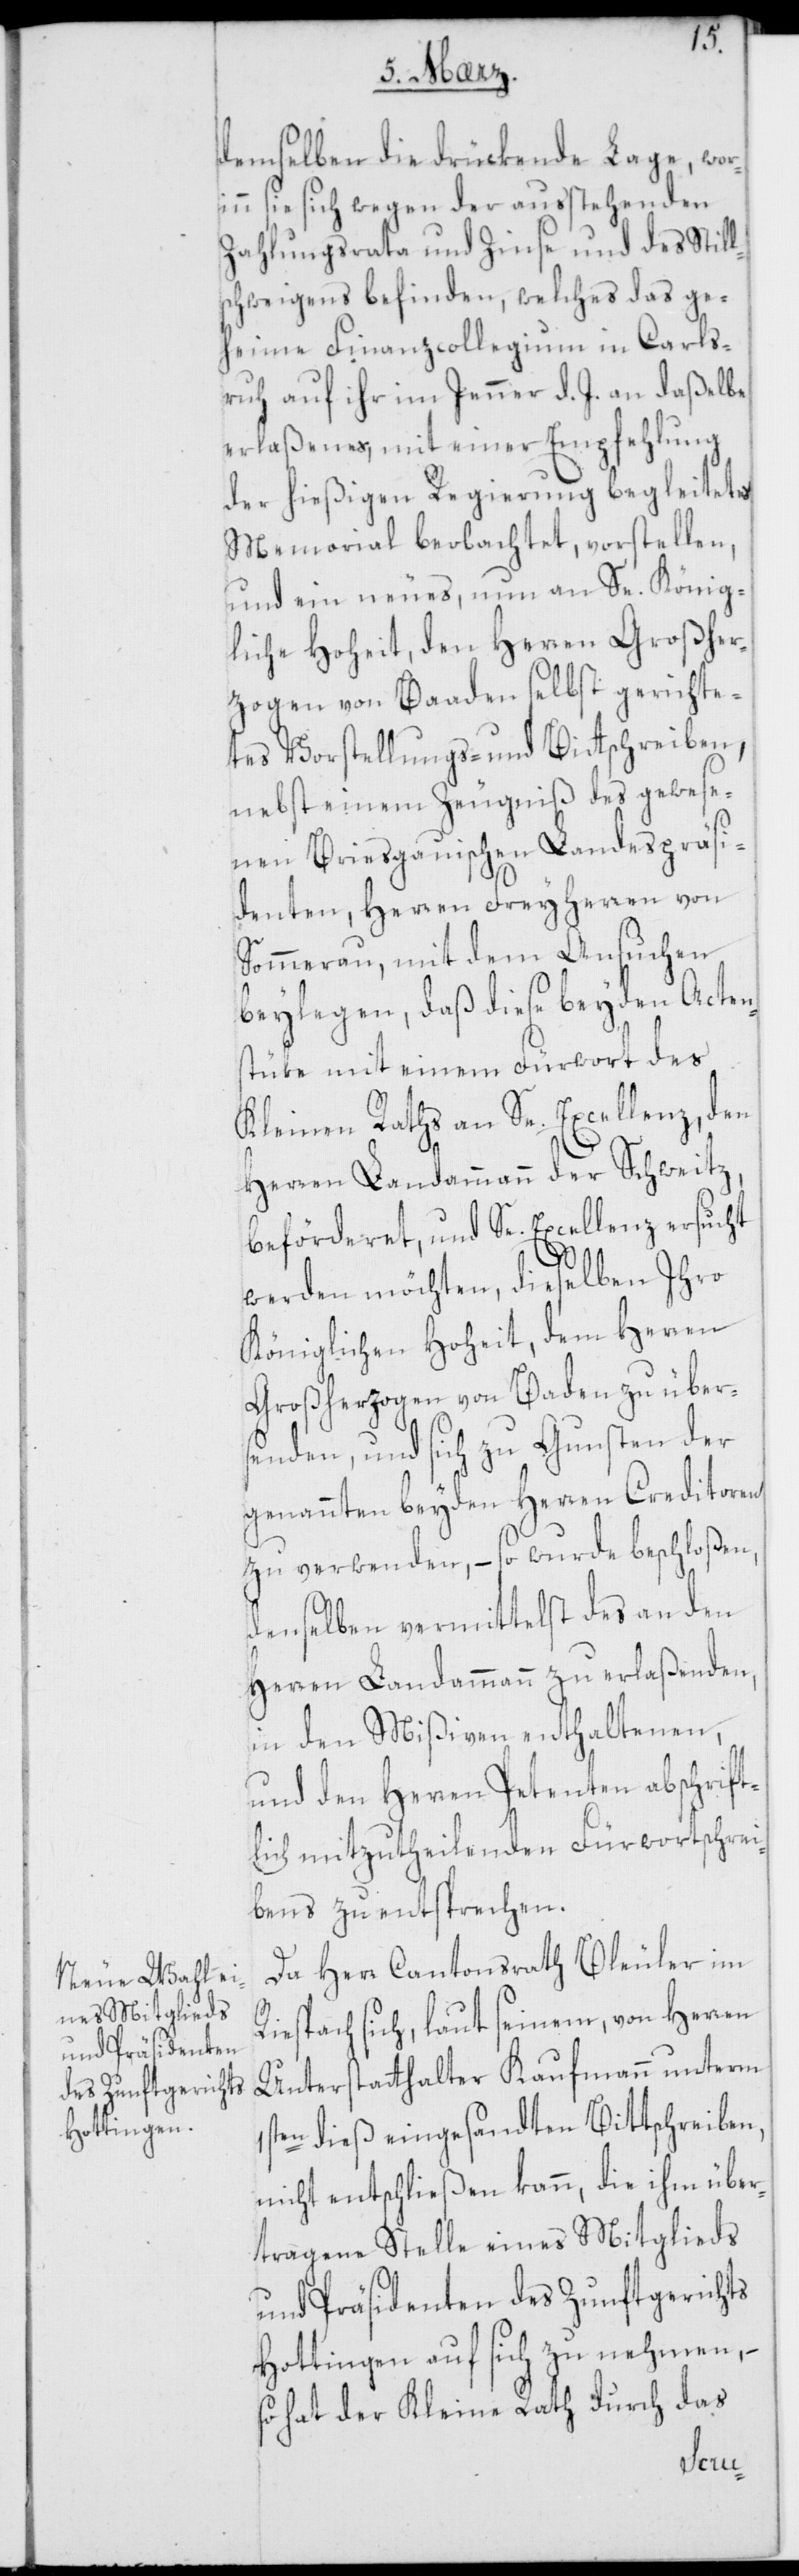
demselben die drükende Lage, wor¬
inn sie sich wegen der ausstehenden
Zahlungsrata und Zinse und des Still¬
schweigens befinden, welches das ge¬
heime Finanzcollegium in Carls¬
ruh auf ihr im Jenner d. J. an daßelbe
erlaßenes, mit einer Empfehlung
der hießigen Regierung begleitetes
Memorial beobachtet, vorstellen,
und ein neues, nun an Se. König¬
liche Hoheit, den Herren Großher¬
zogen von Baaden selbst gerichte¬
tes Vorstellungs- und Bit[t]schreiben,
nebst einem Zeugniß des gewese¬
nen Briesgauischen Landespräsi¬
denten, Herren Freyherren von
Sommerau, mit dem Ansuchen
beylegen, daß diese beyden Acten¬
stüke mit einem Fürwort des
Kleinen Raths an Se. Excellenz, den
Herren Landammann der Schweitz,
beförderet, und Se. Excellenz ersucht
werden möchten, dieselben Ihro
Königlichen Hoheit, dem Herren
Großherzogen von Baaden zu über¬
senden, und sich zu Gunsten der
genannten beyden Herren Creditoren
zu verwenden, – so wurde beschloßen,
denselben vermittelst des an den
Herren Landammann zu erlaßenden,
in den Mißiven enthaltenen,
und den Herren Petenten abschrift¬
lich mitzutheilenden Fürwortschrei¬
bens zu entsprechen.
Da Herr Cantonsrath Bleuler im
Riesbach sich, laut seinenm, von Herren
Unterstatthalter Kaufmann unterm
1sten dieß eingesandten Bittschreiben,
nicht entschließen kann, die ihm über¬
tragene Stelle eines Mitglieds
und Präsidenten des Zunftgerichts
Hottingen auf sich zu nehmen,
so hat der Kleine Rath durch das